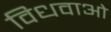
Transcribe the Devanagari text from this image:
विधवाओ